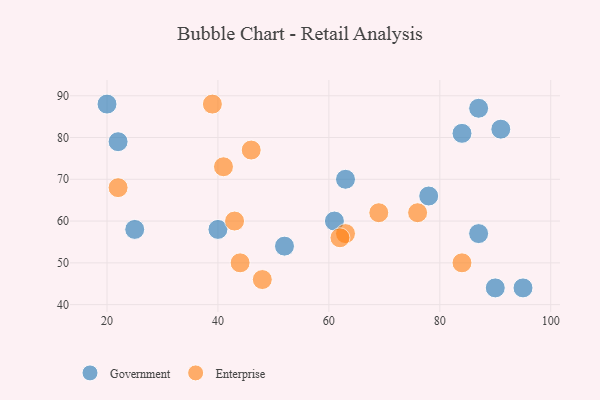
{"axis": {"x": "GDP", "y": "Life Expectancy"}, "legend": ["Enterprise", "Government"], "data": [{"x": "84", "y": 81, "type": "Government"}, {"x": "22", "y": 79, "type": "Government"}, {"x": "61", "y": 60, "type": "Government"}, {"x": "78", "y": 66, "type": "Government"}, {"x": "20", "y": 88, "type": "Government"}, {"x": "87", "y": 87, "type": "Government"}, {"x": "90", "y": 44, "type": "Government"}, {"x": "63", "y": 70, "type": "Government"}, {"x": "87", "y": 57, "type": "Government"}, {"x": "91", "y": 82, "type": "Government"}, {"x": "52", "y": 54, "type": "Government"}, {"x": "40", "y": 58, "type": "Government"}, {"x": "95", "y": 44, "type": "Government"}, {"x": "25", "y": 58, "type": "Government"}, {"x": "76", "y": 62, "type": "Enterprise"}, {"x": "63", "y": 57, "type": "Enterprise"}, {"x": "48", "y": 46, "type": "Enterprise"}, {"x": "84", "y": 50, "type": "Enterprise"}, {"x": "62", "y": 56, "type": "Enterprise"}, {"x": "41", "y": 73, "type": "Enterprise"}, {"x": "22", "y": 68, "type": "Enterprise"}, {"x": "39", "y": 88, "type": "Enterprise"}, {"x": "69", "y": 62, "type": "Enterprise"}, {"x": "43", "y": 60, "type": "Enterprise"}, {"x": "44", "y": 50, "type": "Enterprise"}, {"x": "46", "y": 77, "type": "Enterprise"}]}